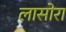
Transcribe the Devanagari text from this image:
लासोरा